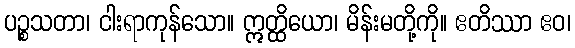
ပဉ္စသတာ၊ ငါးရာကုန်သော။ ဣတ္ထိယော၊ မိန်းမတို့ကို။ ဧတိဿာ ဧဝ၊